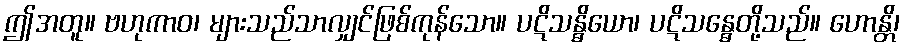
ဤအတူ။ ဗဟုကာဝ၊ များသည်သာလျှင်ဖြစ်ကုန်သော။ ပဋိသန္ဓိယော၊ ပဋိသန္ဓေတို့သည်။ ဟောန္တိ၊